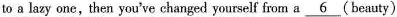
a lazy one,then you've changed yourself from a \underline{6}(beauty)